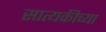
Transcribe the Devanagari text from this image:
सात्यकीच्या